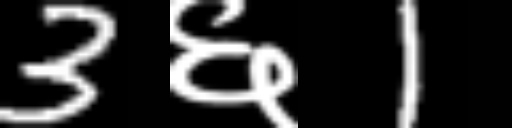
Text: 3६1